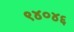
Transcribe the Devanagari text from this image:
९४०४६